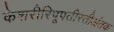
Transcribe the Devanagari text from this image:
केशरीरिपूपतीरतीअंतक